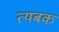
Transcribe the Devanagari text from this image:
त्यबक